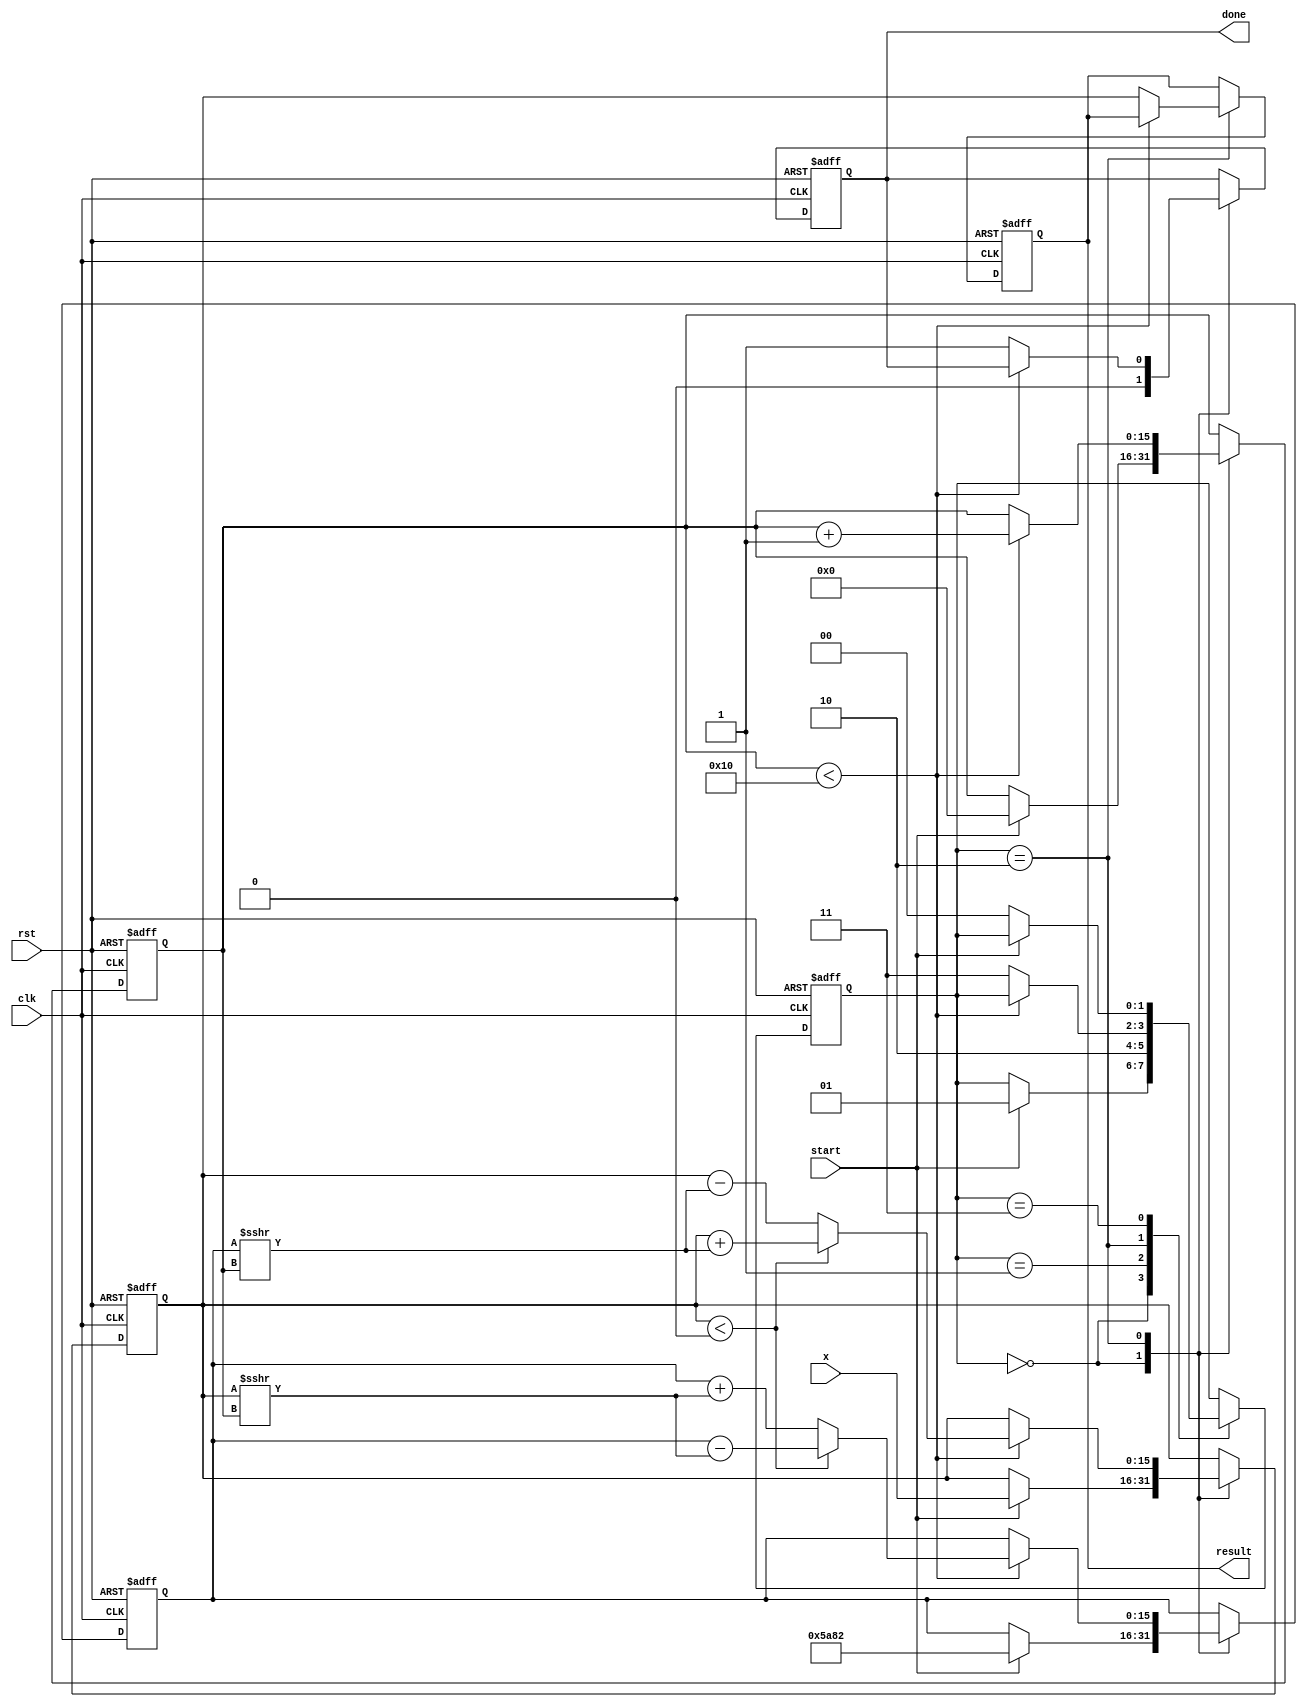
module cordic_exp #(
    parameter N = 16, // Number of iterations
    parameter WIDTH = 16, // Bit-width for input/output
    parameter SCALING_FACTOR = 16'h5A82 // Scaling factor for CORDIC (approximation)
) (
    input wire clk,
    input wire rst,
    input wire [WIDTH-1:0] x, // Input value for e^x
    input wire start,
    output reg [WIDTH-1:0] result, // Output result for e^x
    output reg done
);

    reg [WIDTH-1:0] z [0:N-1]; // Angle values, can be precomputed and set
    reg [WIDTH-1:0] x_curr, y_curr; // Current x and y values
    reg [N-1:0] iter; // Iteration counter
    reg [1:0] state; // State machine for control logic

    // Initialize angle values for CORDIC (for exponential calculation, derived from atan)
    initial begin
        z[0] = 16'h5A82; // angle for 1st iteration, should be adjusted
        // Populate z with predefined values for CORDIC rotations (can be adjusted as needed)
        // z[1] = angle for next iteration ...
        // Continue filling z until z[N-1]
    end

    // State machine definitions
    localparam IDLE = 2'b00, INIT = 2'b01, ITERATE = 2'b10, DONE = 2'b11;

    always @(posedge clk or posedge rst) begin
        if (rst) begin
            result <= 0;
            iter <= 0;
            x_curr <= 0;
            y_curr <= 0;
            done <= 0;
            state <= IDLE;
        end else begin
            case (state)
                IDLE: begin
                    done <= 0;
                    if (start) begin
                        x_curr <= x; // Load input x
                        y_curr <= SCALING_FACTOR; // Start with the scaling factor
                        iter <= 0; // Reset iteration counter
                        state <= INIT;
                    end
                end

                INIT: begin
                    // You can initialize any additional internal states if necessary
                    state <= ITERATE;
                end

                ITERATE: begin
                    if (iter < N) begin
                        // Perform CORDIC rotation
                        if (x_curr < 0) begin // Clockwise rotation
                            x_curr <= x_curr + (y_curr >>> iter); // Shift right operation
                            y_curr <= y_curr - (x_curr >>> iter);
                        end else begin // Counter-clockwise rotation
                            x_curr <= x_curr - (y_curr >>> iter);
                            y_curr <= y_curr + (x_curr >>> iter);
                        end
                        iter <= iter + 1;
                    end else begin
                        // All iterations finished, apply scaling factor and prepare result
                        result <= x_curr; // Assuming result is stored in x_curr
                        done <= 1;
                        state <= DONE;
                    end
                end

                DONE: begin
                    // Final state to indicate completion
                    if (!start) begin
                        state <= IDLE; // Ready for the next calculation
                    end
                end
            endcase
        end
    end
endmodule